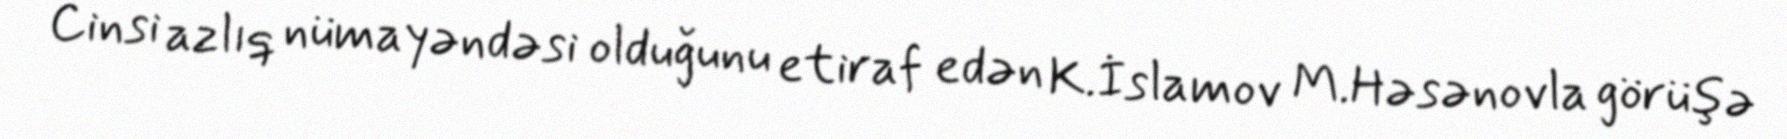
Cinsi azlıq nümayəndəsi olduğunu etiraf edən K.İslamov M.Həsənovla görüşə